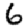
Digit: 6